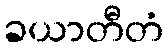
ခယာတီတံ